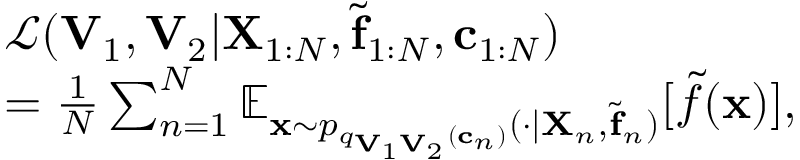
\begin{array} { r l } & { \mathcal { L } ( \mathbf { V } _ { 1 } , \mathbf { V } _ { 2 } | \mathbf { X } _ { 1 : N } , \tilde { \mathbf { f } } _ { 1 : N } , \mathbf { c } _ { 1 : N } ) } \\ & { = \frac { 1 } { N } \sum _ { n = 1 } ^ { N } \mathbb { E } _ { \mathbf { x } \sim p _ { q _ { \mathbf { V } _ { 1 } \mathbf { V } _ { 2 } } ( \mathbf { c } _ { n } ) } ( \cdot | \mathbf { X } _ { n } , \tilde { \mathbf { f } } _ { n } ) } [ \tilde { f } ( \mathbf { x } ) ] , } \end{array}